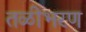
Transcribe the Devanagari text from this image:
तळीभरण